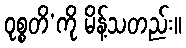
ဝုစ္စတိ’ကို မိန့်သတည်း။